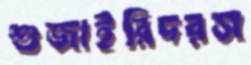
শুজাইরিদরস